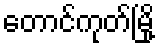
တောင်ကုတ်မြို့